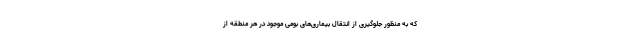
که به منظور جلوگیری از انتقال بیماری‌های بومی موجود در هر منطقه از